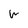
Character: W